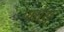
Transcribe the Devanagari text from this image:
पासेडी